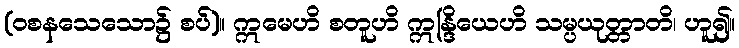
(ဝစနသေသော၌ စပ်)။ ဣမေဟိ စတူဟိ ဣန္ဒြိယေဟိ သမ္ပယုတ္တာတိ၊ ဟူ၍။